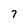
Character: 7